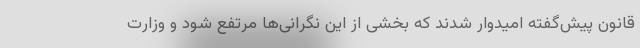
قانون پیش‌گفته امیدوار شدند که بخشی از این نگرانی‌ها مرتفع شود و وزارت